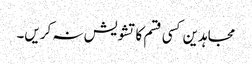
مجاہدین کسی قسم کا تشویش نہ کریں۔